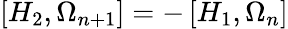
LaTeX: \left[H_{2},\Omega_{n+1}\right]=-\left[H_{1},\Omega_{n}\right]